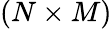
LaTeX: (N\times M)